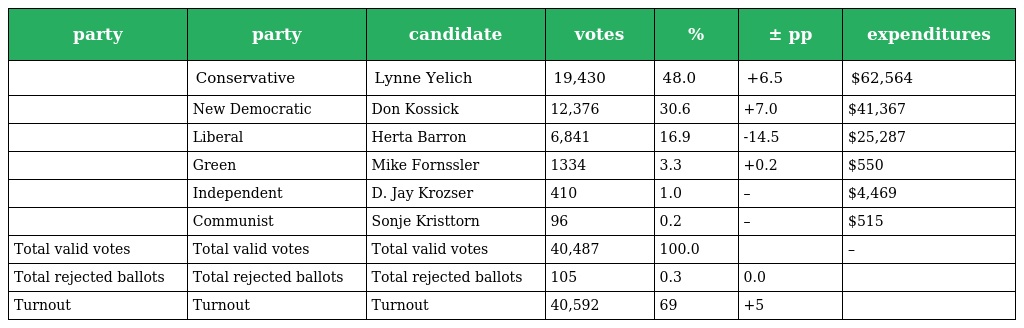
| party | party | candidate | votes | % | ± pp | expenditures |
 | --- | --- | --- | --- | --- | --- | --- |
 |  | Conservative | Lynne Yelich | 19,430 | 48.0 | +6.5 | $62,564 |
 |  | New Democratic | Don Kossick | 12,376 | 30.6 | +7.0 | $41,367 |
 |  | Liberal | Herta Barron | 6,841 | 16.9 | -14.5 | $25,287 |
 |  | Green | Mike Fornssler | 1334 | 3.3 | +0.2 | $550 |
 |  | Independent | D. Jay Krozser | 410 | 1.0 | – | $4,469 |
 |  | Communist | Sonje Kristtorn | 96 | 0.2 | – | $515 |
 | Total valid votes | Total valid votes | Total valid votes | 40,487 | 100.0 |  | – |
 | Total rejected ballots | Total rejected ballots | Total rejected ballots | 105 | 0.3 | 0.0 |  |
 | Turnout | Turnout | Turnout | 40,592 | 69 | +5 |  |